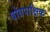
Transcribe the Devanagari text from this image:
बोधपाक्षिक